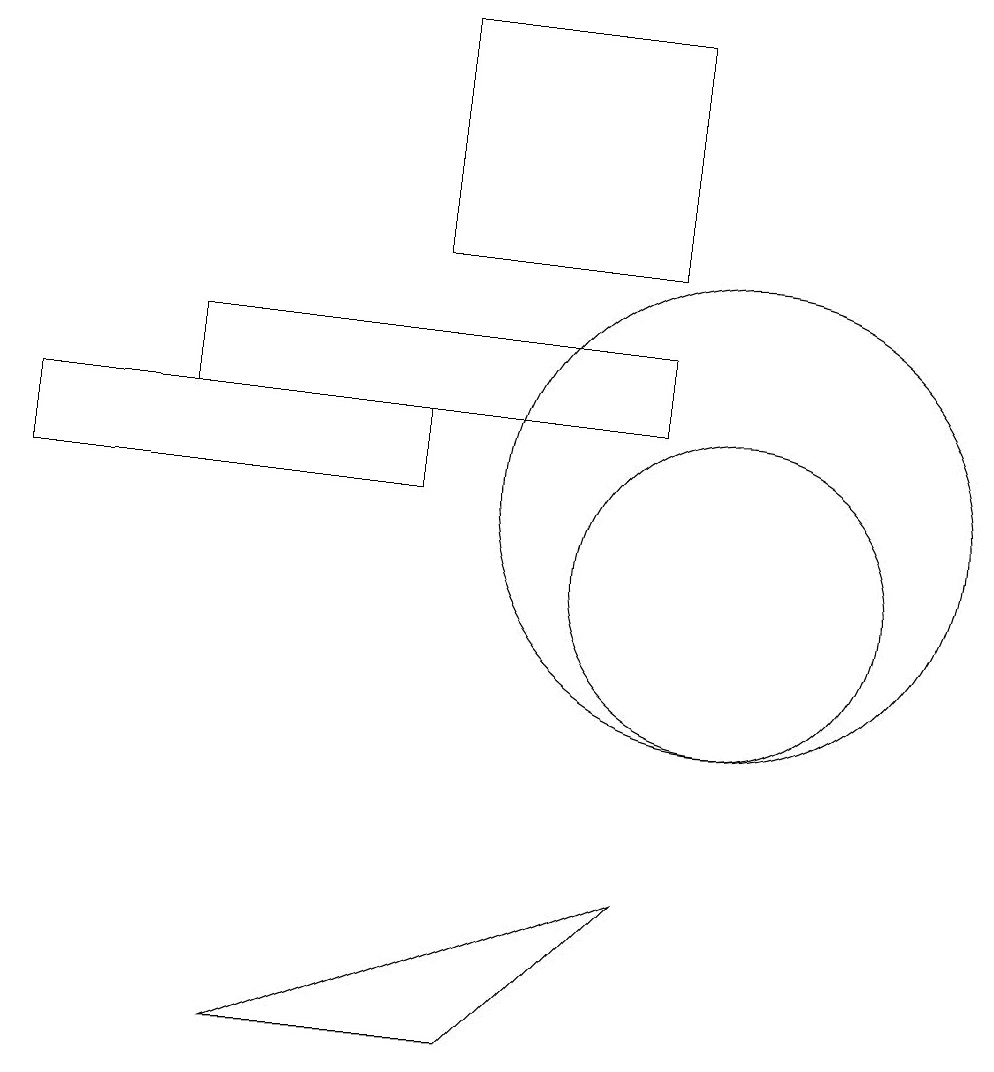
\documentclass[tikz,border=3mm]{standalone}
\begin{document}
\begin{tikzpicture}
\draw (9,17) rectangle (6,14);
\draw (6,11) rectangle (1,12);
\draw (7,4) -- (9,6) -- (4,4) -- cycle;
\draw (10,10) circle (2);
\draw (9,13) rectangle (3,12);
\draw (10,11) circle (3);
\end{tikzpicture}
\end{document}